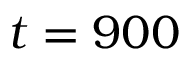
t = 9 0 0